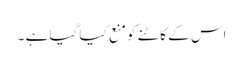
اس کے کاٹنے کو منع کیا گیا ہے ۔